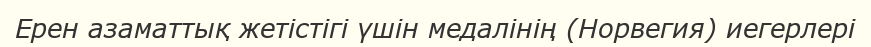
Ерен азаматтық жетістігі үшін медалінің (Норвегия) иегерлері